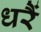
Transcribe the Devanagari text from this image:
धरैं